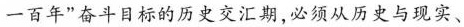
一百年”奋斗目标的历史交汇期，必须从历史与现实、